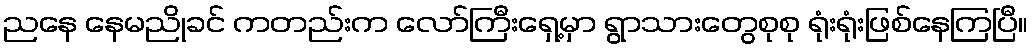
ညနေ နေမညိုခင် ကတည်းက လော်ကြီးရှေ့မှာ ရွာသားတွေစုစု ရုံးရုံးဖြစ်နေကြပြီ။